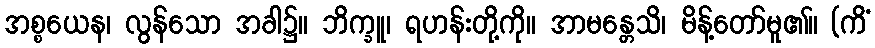
အစ္စယေန၊ လွန်သော အခါ၌။ ဘိက္ခူ၊ ရဟန်းတို့ကို။ အာမန္တေသိ၊ မိန့်တော်မူ၏။ (ကိံ